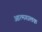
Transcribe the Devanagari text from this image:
आत्मगालक